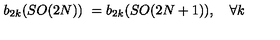
b _ { 2 k } ( S O ( 2 N ) ) \ = b _ { 2 k } ( S O ( 2 N + 1 ) ) , \quad \forall k